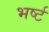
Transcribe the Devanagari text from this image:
भर्ष्ट